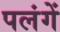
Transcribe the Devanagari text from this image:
पलंगें